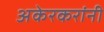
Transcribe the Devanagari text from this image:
अकेरकरांनी